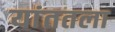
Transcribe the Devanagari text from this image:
यांततला